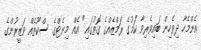
އެންމެހާ ދިވެހިން ބައިވެރިވާ ކަމުގެ ރަމްޒެއްގެ ގޮތުގައި" އެއް މިނެޓްގެ ސްކޫތެއް ވަޒީރުންގެ